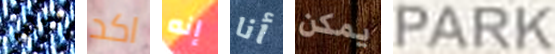
رحلتهم اكد إنه أنا يمكن PARK